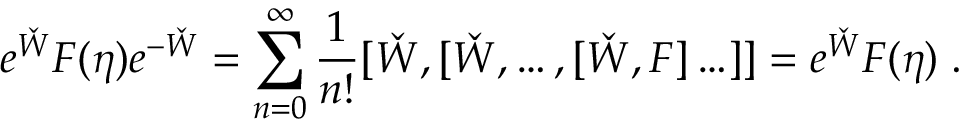
e ^ { \check { W } } F ( \eta ) e ^ { - \check { W } } = \sum _ { n = 0 } ^ { \infty } \frac { 1 } { n ! } [ \check { W } , [ \check { W } , \ldots , [ \check { W } , F ] \ldots ] ] = e ^ { \check { W } } F ( \eta ) \; .